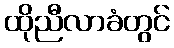
ထိုညီလာခံတွင်